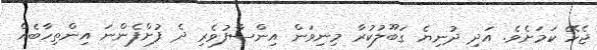
ޖެހޭ ކަމަށެވެ. އަދި ދުނިޔެ ގަބޫލުކުރާ މިނިވަން އިންސާފުވެރި ދެ ފުށްފެންނަ އިންތިހާބެއް